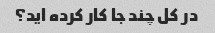
در کل چند جا کار کرده اید؟